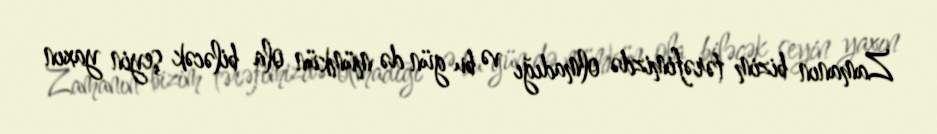
Zamanın bizim tərəfimizdə olmadığı və bu gün də mümkün ola biləcək şeyin yaxın